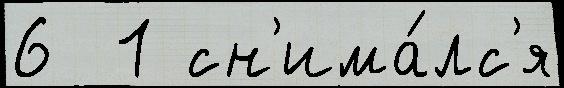
6  1 сн'има́лс'я